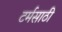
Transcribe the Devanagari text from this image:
टर्मसाठी